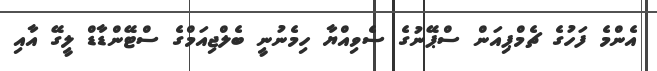
އެންމެ ފަހުގެ ޗެމްޕިއަން ސްޕޭނުގެ ސެވިއްޔާ ހިމެނުނީ ބެލްޖިއަމްގެ ސްޓޭންޑާޑް ލީގޭ އާއި